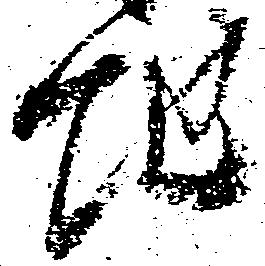
地